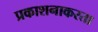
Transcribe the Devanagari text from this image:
प्रकाशनाकरता